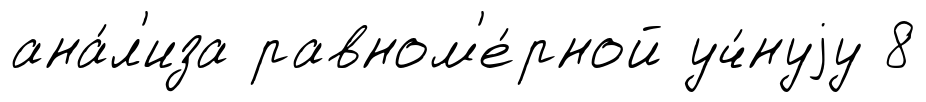
ана́л'иза равном'е́рной уч́нуjу 8